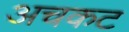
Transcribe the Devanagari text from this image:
अचकट